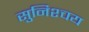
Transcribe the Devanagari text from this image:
सुनिश्चय